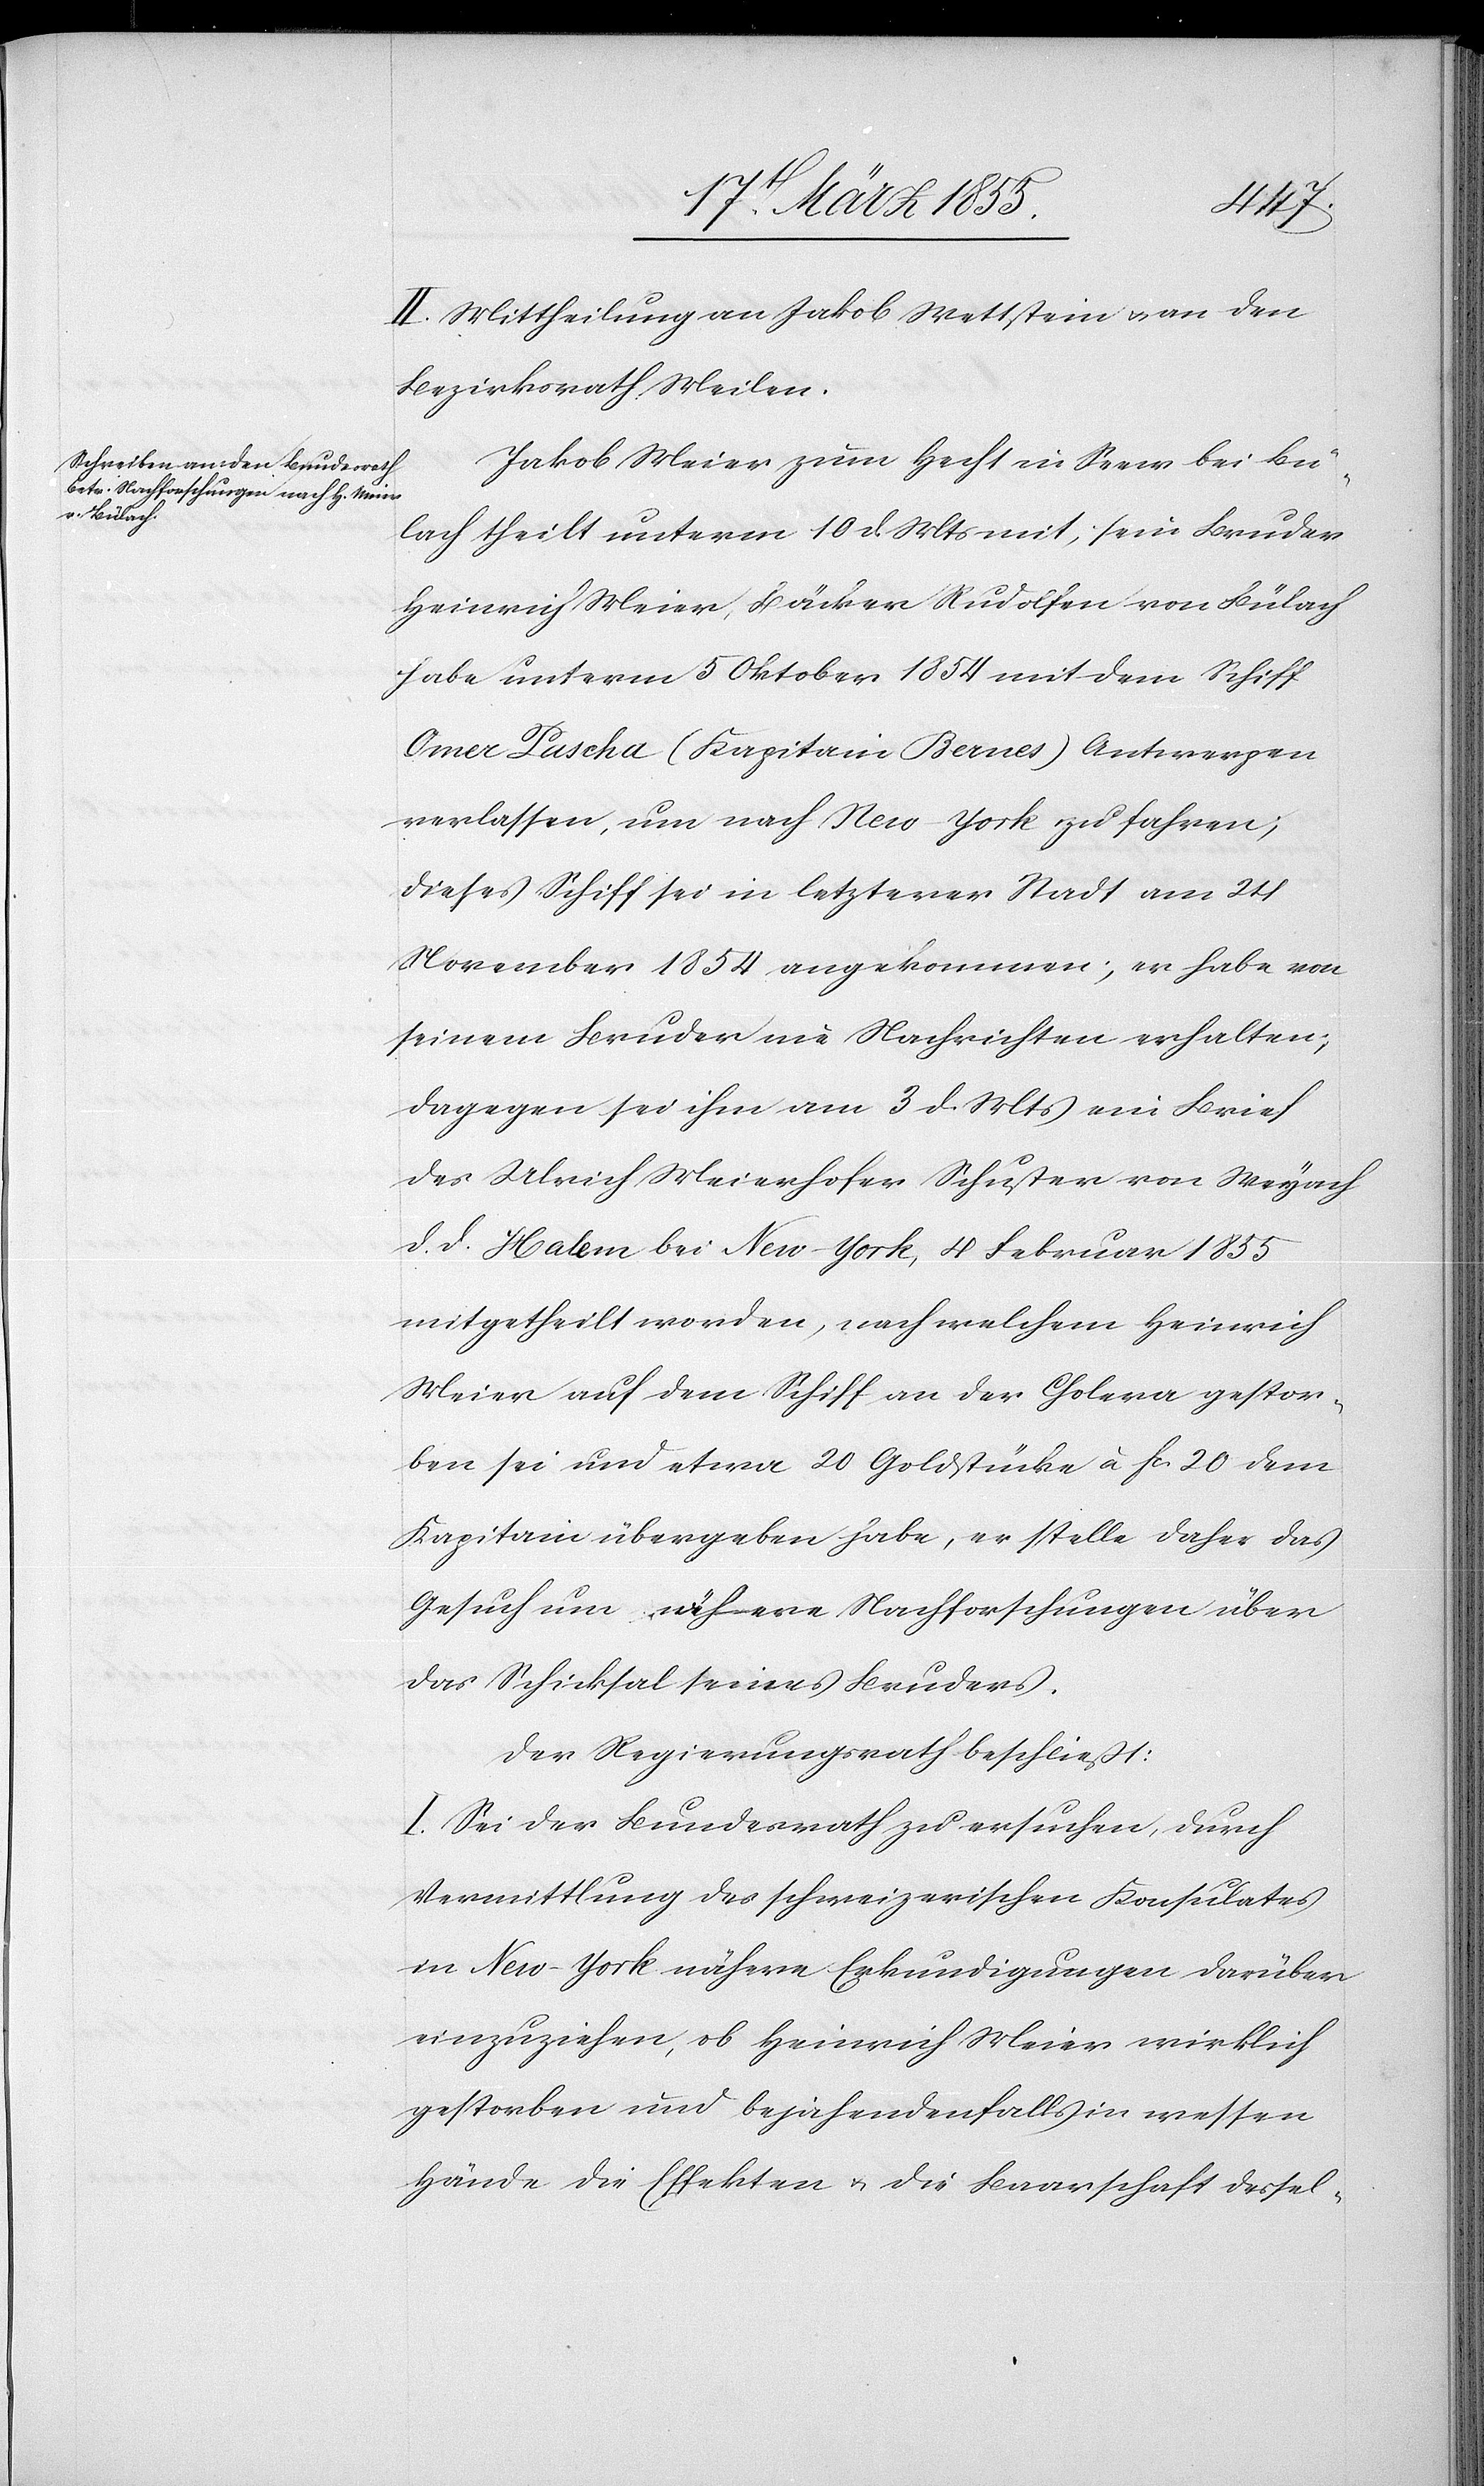
II. Mittheilung an Jakob Wettstein & an den
Bezirksrath Meilen.
Jakob Meier zum Hecht in Seew bei Bü¬
lach theilt unterm 10 d. Mts mit, sein Bruder
Heinrich Meier, Bäcker Rudolfen von Bülach
habe unterm 5 Oktober 1854 mit dem Schiff
Omer Pascha (Kapitain Bernes) Antwerpen
verlassen, um nach New-York zu fahren;
dieses Schiff sei in letzterer Stadt am 24
November 1854 angekommen; er habe von
seinem Bruder nie Nachrichten erhalten;
dagegen sei ihm am 3 d. Mts ein Brief
des Ulrich Meierhofer Schuster von Weyach
d. d. Ha[r]lem bei New-York, 4 Februar 1855
mitgetheilt worden, nach welchem Heinrich
Meier auf dem Schiff an der Cholera gestor¬
ben sei und etwa 20 Goldstücke à fcs 20 dem
Kapitain übergeben habe, er stelle daher das
Gesuch um nähere Nachforschungen über
das Schicksal seines Bruders.
Der Regierungsrath beschließt:
I. Sei der Bundesrath zu ersuchen, durch
Vermittlung des schweizerischen Konsulates
in New-York nähere Erkundigungen darüber
einzuziehen, ob Heinrich Meier wirklich
gestorben und bejahendenfalls in wessen
Hände die Effekten & die Baarschaft dessel-